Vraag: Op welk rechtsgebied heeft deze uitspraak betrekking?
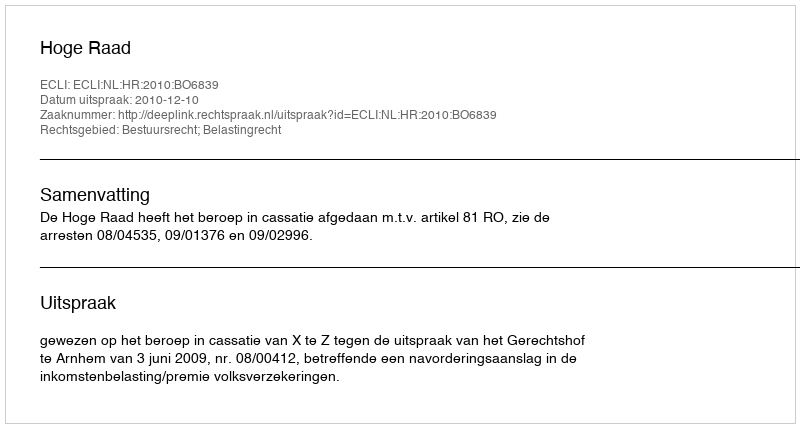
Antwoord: Bestuursrecht; Belastingrecht